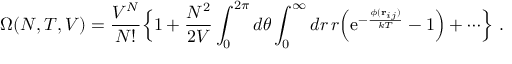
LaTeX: \Omega ( N , T , V ) = { \frac { V ^ { N } } { N ! } } \Bigl \{ 1 + { \frac { N ^ { 2 } } { 2 V } } \int _ { 0 } ^ { 2 \pi } d \theta \int _ { 0 } ^ { \infty } d r \, r \Bigl ( \mathrm { e } ^ { - { \frac { \phi ( { \bf r } _ { i j } ) } { k T } } } - 1 \Bigr ) + \cdots \Bigr \} \ .